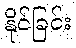
နိုင်ခြင်း